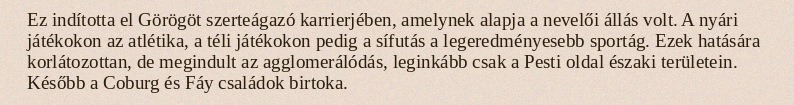
Ez indította el Görögöt szerteágazó karrierjében, amelynek alapja a nevelői állás volt. A nyári játékokon az atlétika, a téli játékokon pedig a sífutás a legeredményesebb sportág. Ezek hatására korlátozottan, de megindult az agglomerálódás, leginkább csak a Pesti oldal északi területein. Később a Coburg és Fáy családok birtoka.